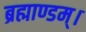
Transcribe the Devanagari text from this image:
ब्रह्माण्डम्।